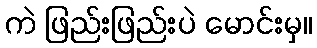
ကဲ ဖြည်းဖြည်းပဲ မောင်းမှ။